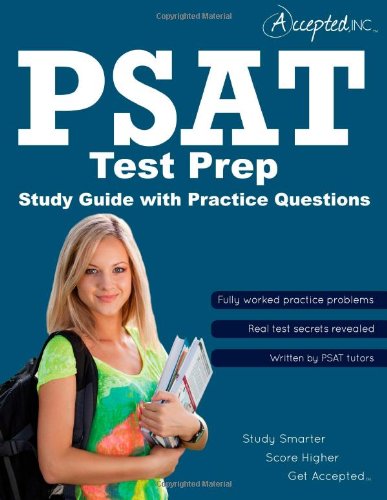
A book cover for PSAT Test Prep: PSAT Study Guide with Practice Questions; Inc Accepted; Test Preparation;